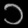
Digit: ၁